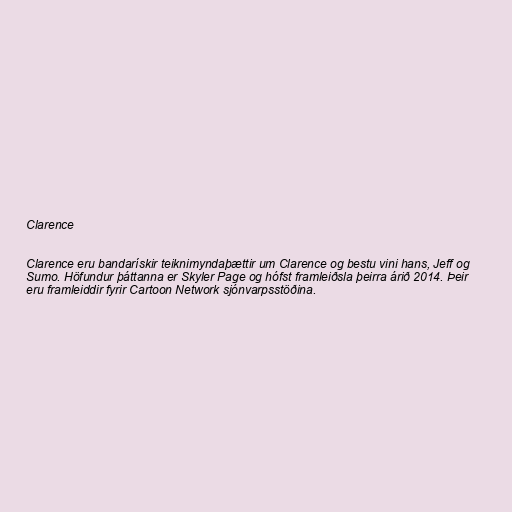
Clarence

Clarence eru bandarískir teiknimyndaþættir um Clarence og bestu vini hans, Jeff og
Sumo. Höfundur þáttanna er Skyler Page og hófst framleiðsla þeirra árið 2014. Þeir
eru framleiddir fyrir Cartoon Network sjónvarpsstöðina.